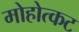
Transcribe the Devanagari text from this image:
मोहोत्कट